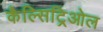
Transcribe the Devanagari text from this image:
कैल्सिट्रिओल